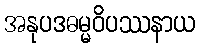
အနုပဒဓမ္မဝိပဿနာယ